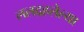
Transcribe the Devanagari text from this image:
ललद्रहलेल्या